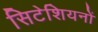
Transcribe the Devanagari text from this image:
सिटेशियनों